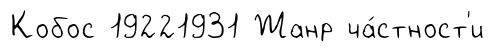
Кобос 19221931 Жанр ча́стност'и